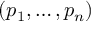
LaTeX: ( p _ { 1 } , \ldots , p _ { n } )